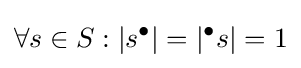
\forall s\in S:|s^{\bullet }|=|{}^{\bullet }s|=1